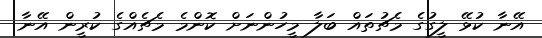
އޭނާ ކުޅޭ ލީގުގެ މެޗުތައް ބަލާ މީހުންނަށް ކޮންމެ މެޗެއްގެ ކުރީން އޭނާ